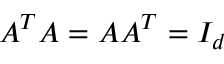
A ^ { T } A = A A ^ { T } = I _ { d }